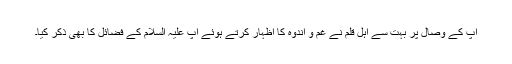
آپ کے وصال پر بہت سے اہل قلم نے غم و اندوہ کا اظہار کرتے ہوئے آپ علیہ السلام کے فضائل کا بھی ذکر کیا۔